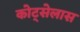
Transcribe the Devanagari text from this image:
कोट्सेलास